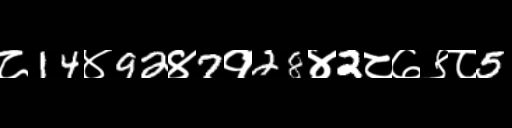
Text: ८14४92४7१28४2८७९८5